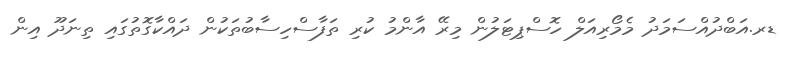
ޑރ.އަބްދުއްސަމަދު މެމޯރިއަލް ހޮސްޕިޓަލުން މިރޭ އާންމު ކުރި ތަފާސްހިސާބުތަކުން ދައްކާގޮތުގައި ތިނަދޫ އިން